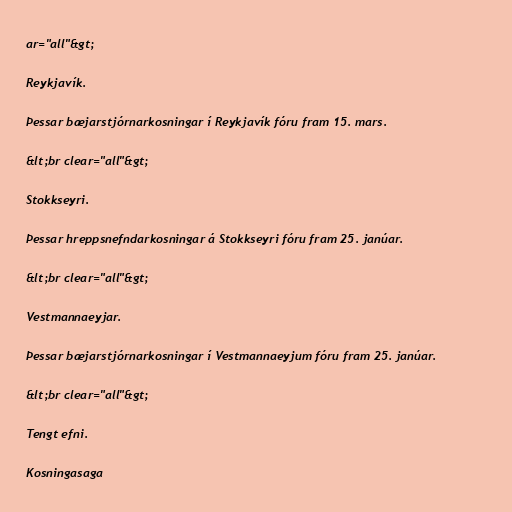
ar="all"&gt;

Reykjavík.

Þessar bæjarstjórnarkosningar í Reykjavík fóru fram 15. mars.

&lt;br clear="all"&gt;

Stokkseyri.

Þessar hreppsnefndarkosningar á Stokkseyri fóru fram 25. janúar.

&lt;br clear="all"&gt;

Vestmannaeyjar.

Þessar bæjarstjórnarkosningar í Vestmannaeyjum fóru fram 25. janúar.

&lt;br clear="all"&gt;

Tengt efni.

Kosningasaga